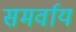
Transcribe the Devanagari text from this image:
समर्वाय